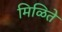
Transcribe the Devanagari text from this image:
मिळिते